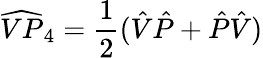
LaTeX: \widehat{VP}_{4}=\frac{1}{2}(\hat{V}\hat{P}+\hat{P}\hat{V})